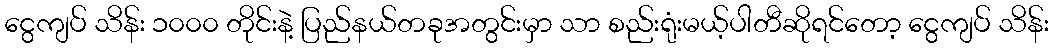
ငွေကျပ် သိန်း ၁၀၀၀ တိုင်းနဲ့ ပြည်နယ်တခုအတွင်းမှာ သာ စည်းရုံးမယ့်ပါတီဆိုရင်တော့ ငွေကျပ် သိန်း